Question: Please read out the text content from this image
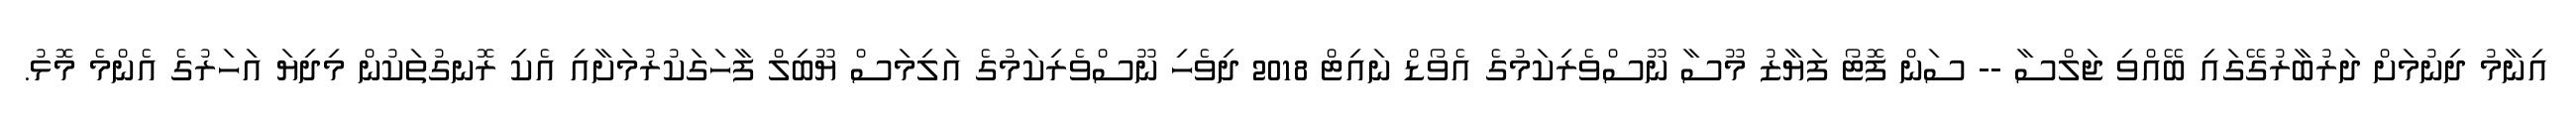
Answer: އިނާމު ދިނުމަށް ދަރުބާރުގޭގައި ބޭއްވި ޖަލްސާ -- ސަން ފޮޓޯ ފަޔާޒު މޫސާ ނޫސްވެރިކަމުގެ އެވޯޑް ނައިޓް 2018 ދިވެހި ނޫސްވެރިކަމުގެ އަލިމަސް ޔޫބިލް ފާހަގަކުރުމަށާއި އެކި ރޮނގުތަކުން މިދިޔަ އަހަރުގެ އެންމެ މޮޅު.